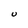
Character: U